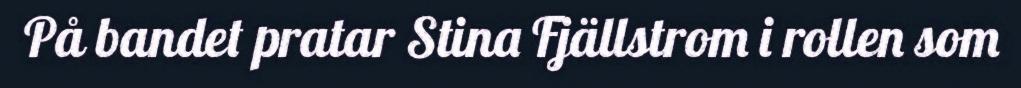
På bandet pratar Stina Fjällstrom i rollen som